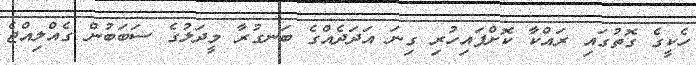
ހެކީގެ ގޮތުގައި ރައްކާ ކޮށްފައިހުރި ގިނަ އަދަދެއްގެ ބަނގުރާ މީދަލުގެ ސަބަބުން ގެއްލިއްޖެ